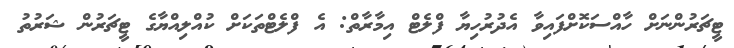
ޓީޗަރުންނަށް ހާއްސަކޮށްފައިވާ އެދުރުހިޔާ ފްލެޓް އިމާރާތް: އެ ފްލެޓްތަކަށް ކުއްލިއްޔާގެ ޓީޗަރުން ޝަރުތު